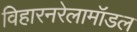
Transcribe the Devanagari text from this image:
विहारनरेलामॉडल